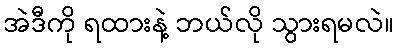
အဲဒီကို ရထားနဲ့ ဘယ်လို သွားရမလဲ။